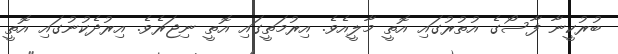
ބުރުކީނާ ފާސޯގެ އުތުރުގައި އޮތީ މާލީއެވެ. އިރުމަތީގައި އޮތީ ނިޖަރެވެ. އިރުދެކުނުގައި އޮތީ